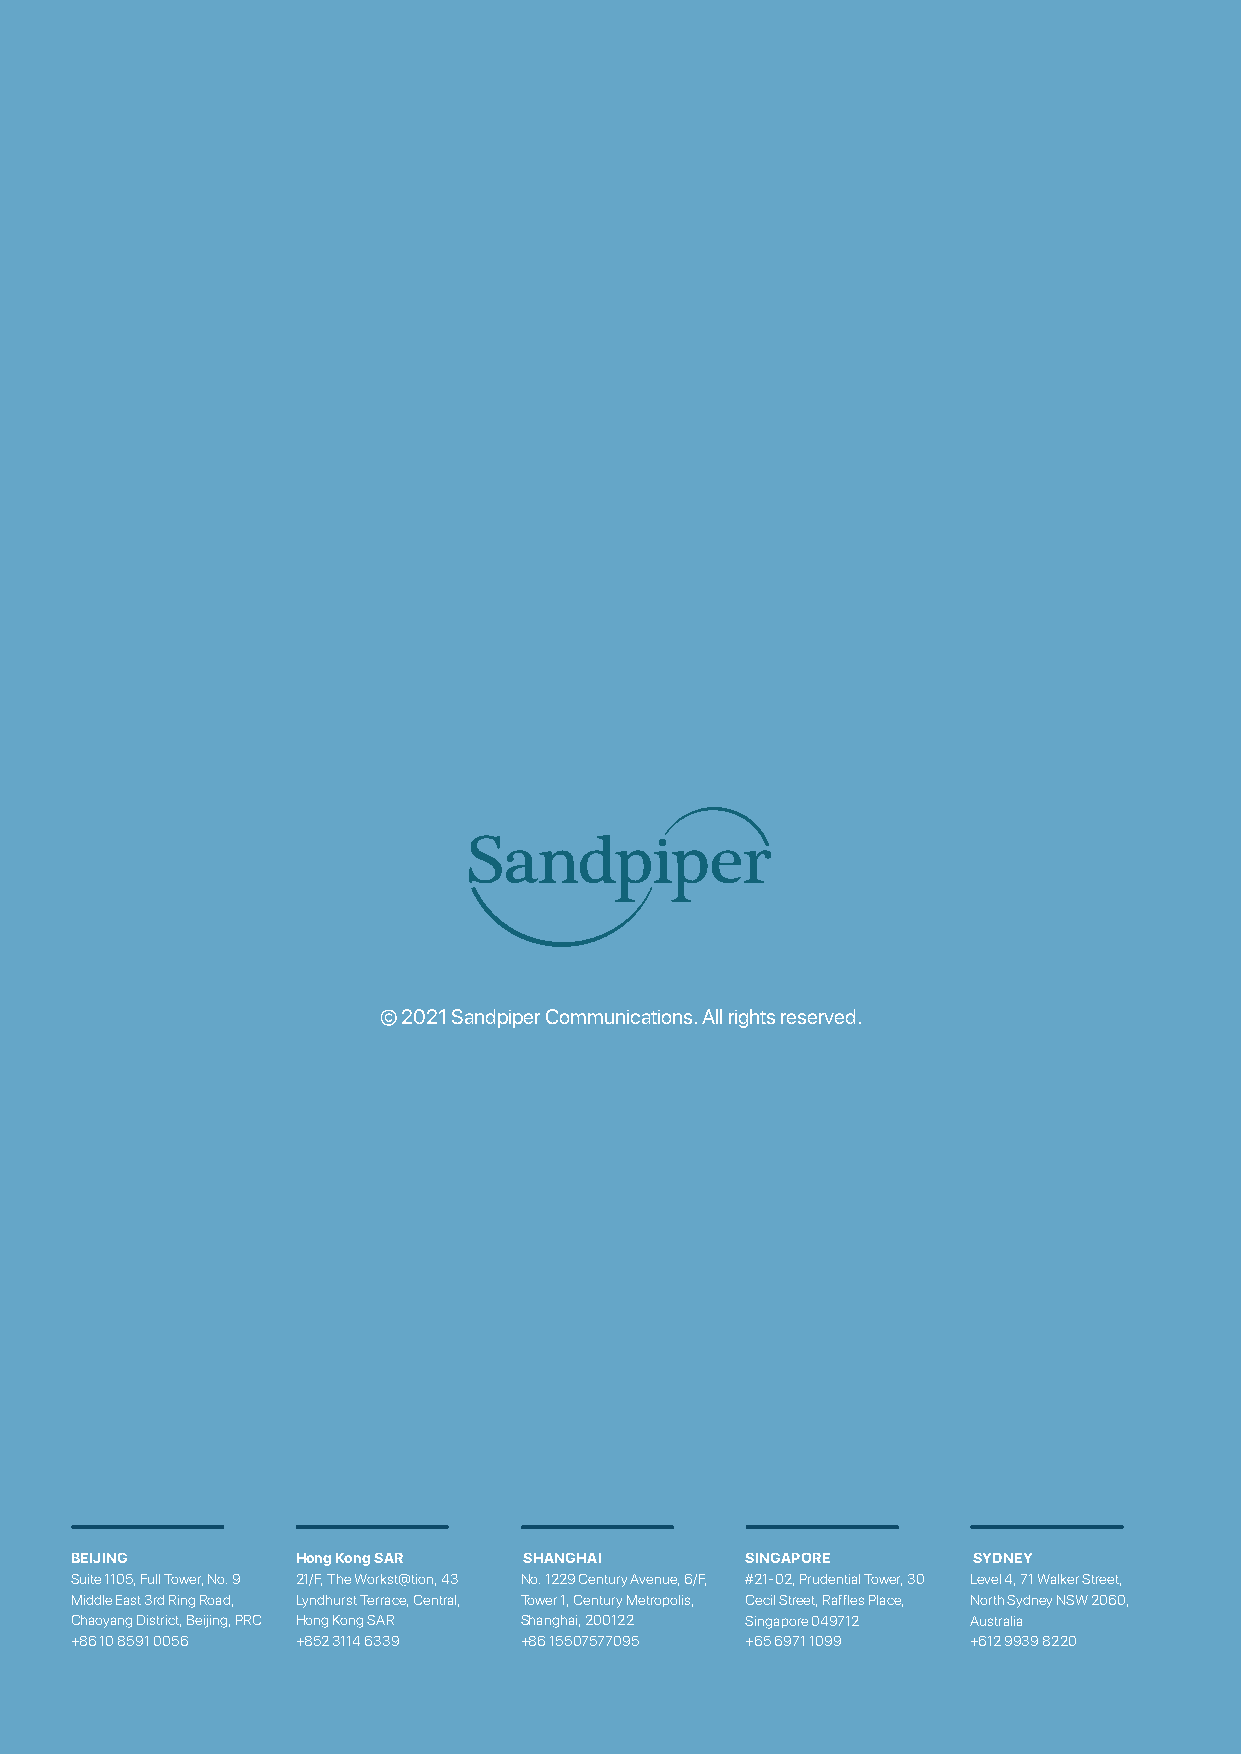
© 2021 Sandpiper Communications. All rights reserved.
 BEIJING        Hong Kong SAR  SHANGHAI      SINGAPORE      SYDNEY
 Suite 1105, Full Tower, No. 9 21/F, The Workst@tion, 43 No. 1229 Century Avenue, 6/F, #21-02, Prudential Tower, 30 Level 4, 71 Walker Street,
 Middle East 3rd Ring Road, Lyndhurst Terrace, Central, Tower 1, Century Metropolis, Cecil Street, Raffles Place, North Sydney NSW 2060,
 Chaoyang District, Beijing, PRC Hong Kong SAR Shanghai, 200122 Singapore 049712 Australia
 +86 10 8591 0056 +852 3114 6339 +86 15507577095 +65 6971 1099 +612 9939 8220